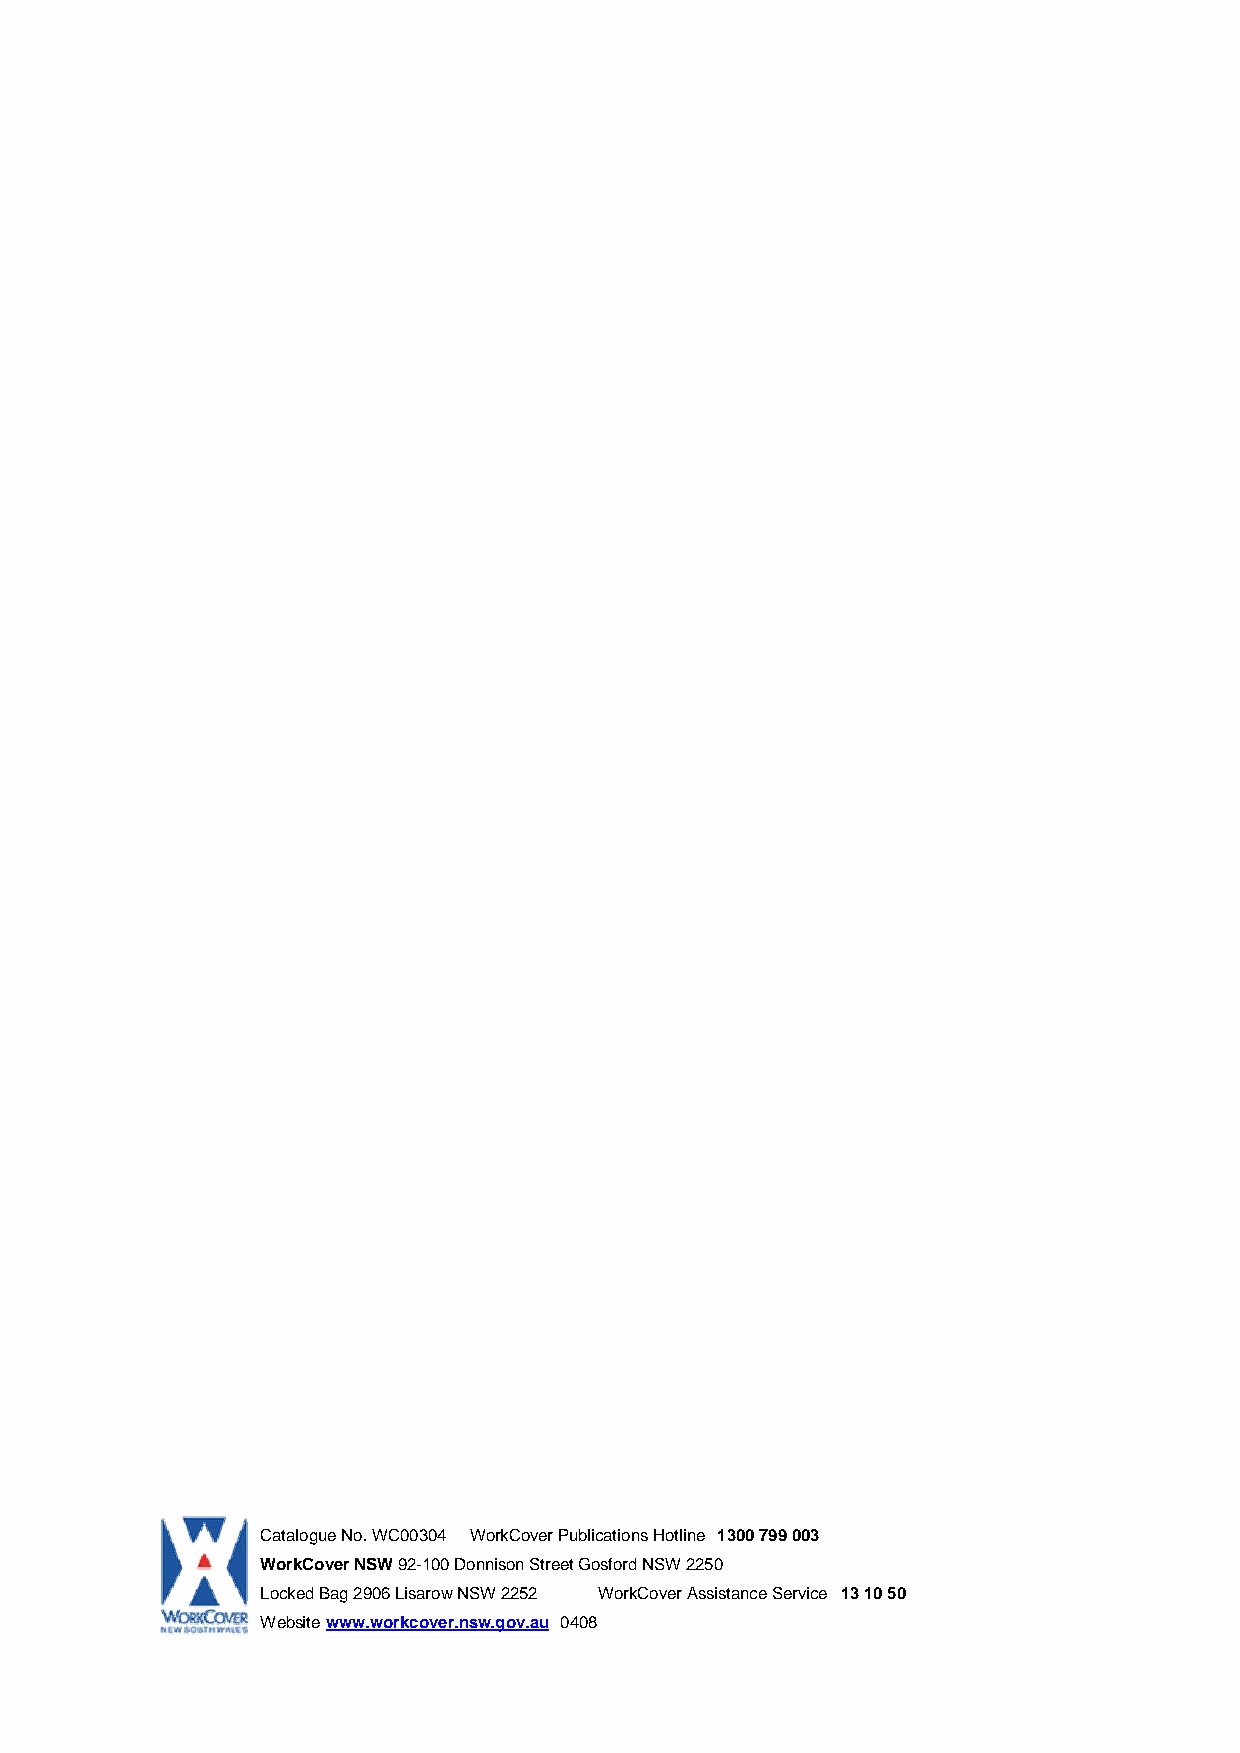
Catalogue No. WC00304 WorkCover Publications Hotline 1300 799 003
 WorkCover NSW 92-100 Donnison Street Gosford NSW 2250
 Locked Bag 2906 Lisarow NSW 2252 WorkCover Assistance Service 13 10 50
 Website www.workcover.nsw.gov.au 0408